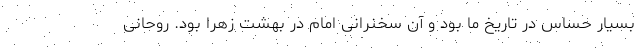
بسیار حساس در تاریخ ما بود و آن سخنرانی امام در بهشت زهرا بود. روحانی